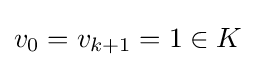
v_{0}=v_{k+1}=1\in K